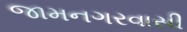
જામનગરવાસી